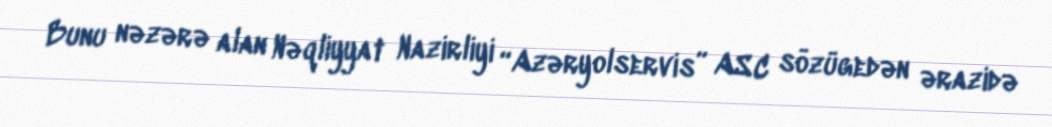
Bunu nəzərə alan Nəqliyyat Nazirliyi “Azəryolservis” ASC sözügedən ərazidə